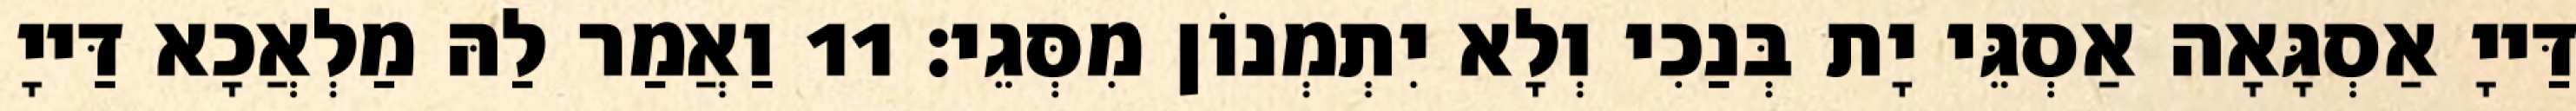
דַּייָ אַסְגָּאָה אַסְגֵּי יָת בְּנַכִי וְלָא יִתְמְנוֹן מִסְּגֵי׃ 11 וַאֲמַר לַהּ מַלְאֲכָא דַּייָ